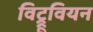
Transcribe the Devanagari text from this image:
विट्रूवियन